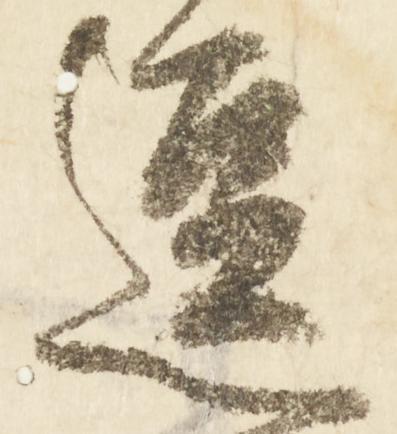
逗